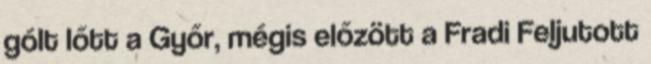
gólt lőtt a Győr, mégis előzött a Fradi Feljutott